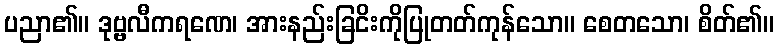
ပညာ၏။ ဒုဗ္ဗလီကရဏေ၊ အားနည်းခြငိးကိုပြုတတ်ကုန်သော။ စေတသော၊ စိတ်၏။